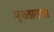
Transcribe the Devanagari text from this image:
मुज़ताग़ाता